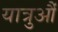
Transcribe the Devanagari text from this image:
यात्रुऔं